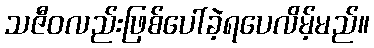
သဇီဝလည်းဖြစ်ပေါ်ခဲ့ရပေလိမ့်မည်။